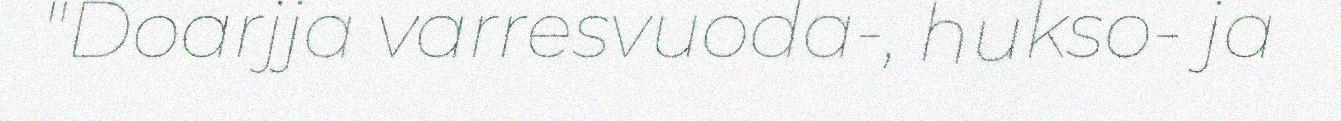
"Doarjja varresvuoda-, hukso- ja